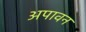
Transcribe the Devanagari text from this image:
अपावन